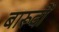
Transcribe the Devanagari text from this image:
बारूदों